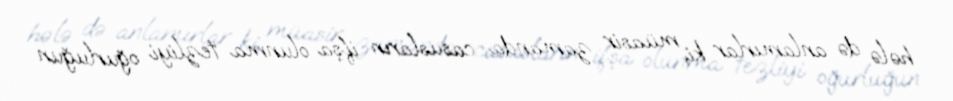
hələ də anlamırlar ki, müasir zamanda casusların ifşa olunma tezliyi oğurluğun